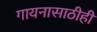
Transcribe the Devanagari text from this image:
गायनासाठीही